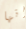
انها